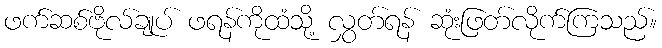
ဖက်ဆစ်ဗိုလ်ချုပ် ဖရန်ကိုထံသို့ လွှတ်ရန် ဆုံးဖြတ်လိုက်ကြသည်။